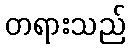
တရားသည်